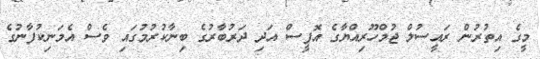
މީގެ އިތުރުން ރައީސުލް ޖުމްހޫރިއްޔާގެ އޮފީސް އަދި ދަރުބާރުގެ ބިނާކުރުމުގައި ވެސް އެމަނިކުފާނުގެ